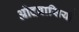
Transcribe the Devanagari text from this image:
ओदवासियों